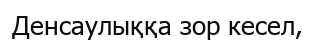
Денсаулыққа зор кесел,